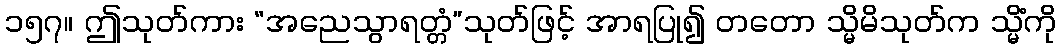
၁၅၇။ ဤသုတ်ကား “အညေသွာရတ္တံ”သုတ်ဖြင့် အာရပြု၍ တတော သ္မိမိသုတ်က သ္မိံကို